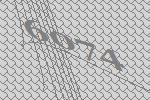
6074